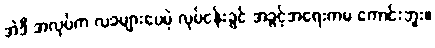
အဲဒီ အလုပ်က လခများပေမဲ့ လုပ်ငန်းခွင် အခွင့်အရေးကမ ကောင်းဘူး။